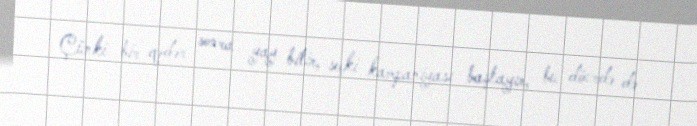
Çünki bir qədər sonra yay bitir, seçki kampaniyası başlayır, bu dövrdə də